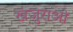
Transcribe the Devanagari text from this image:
खजुराओ